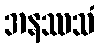
အနဿသံ